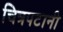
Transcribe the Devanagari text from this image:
चित्रपटानी